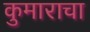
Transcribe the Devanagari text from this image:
कुमाराचा